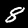
Digit: 8